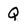
Character: Q